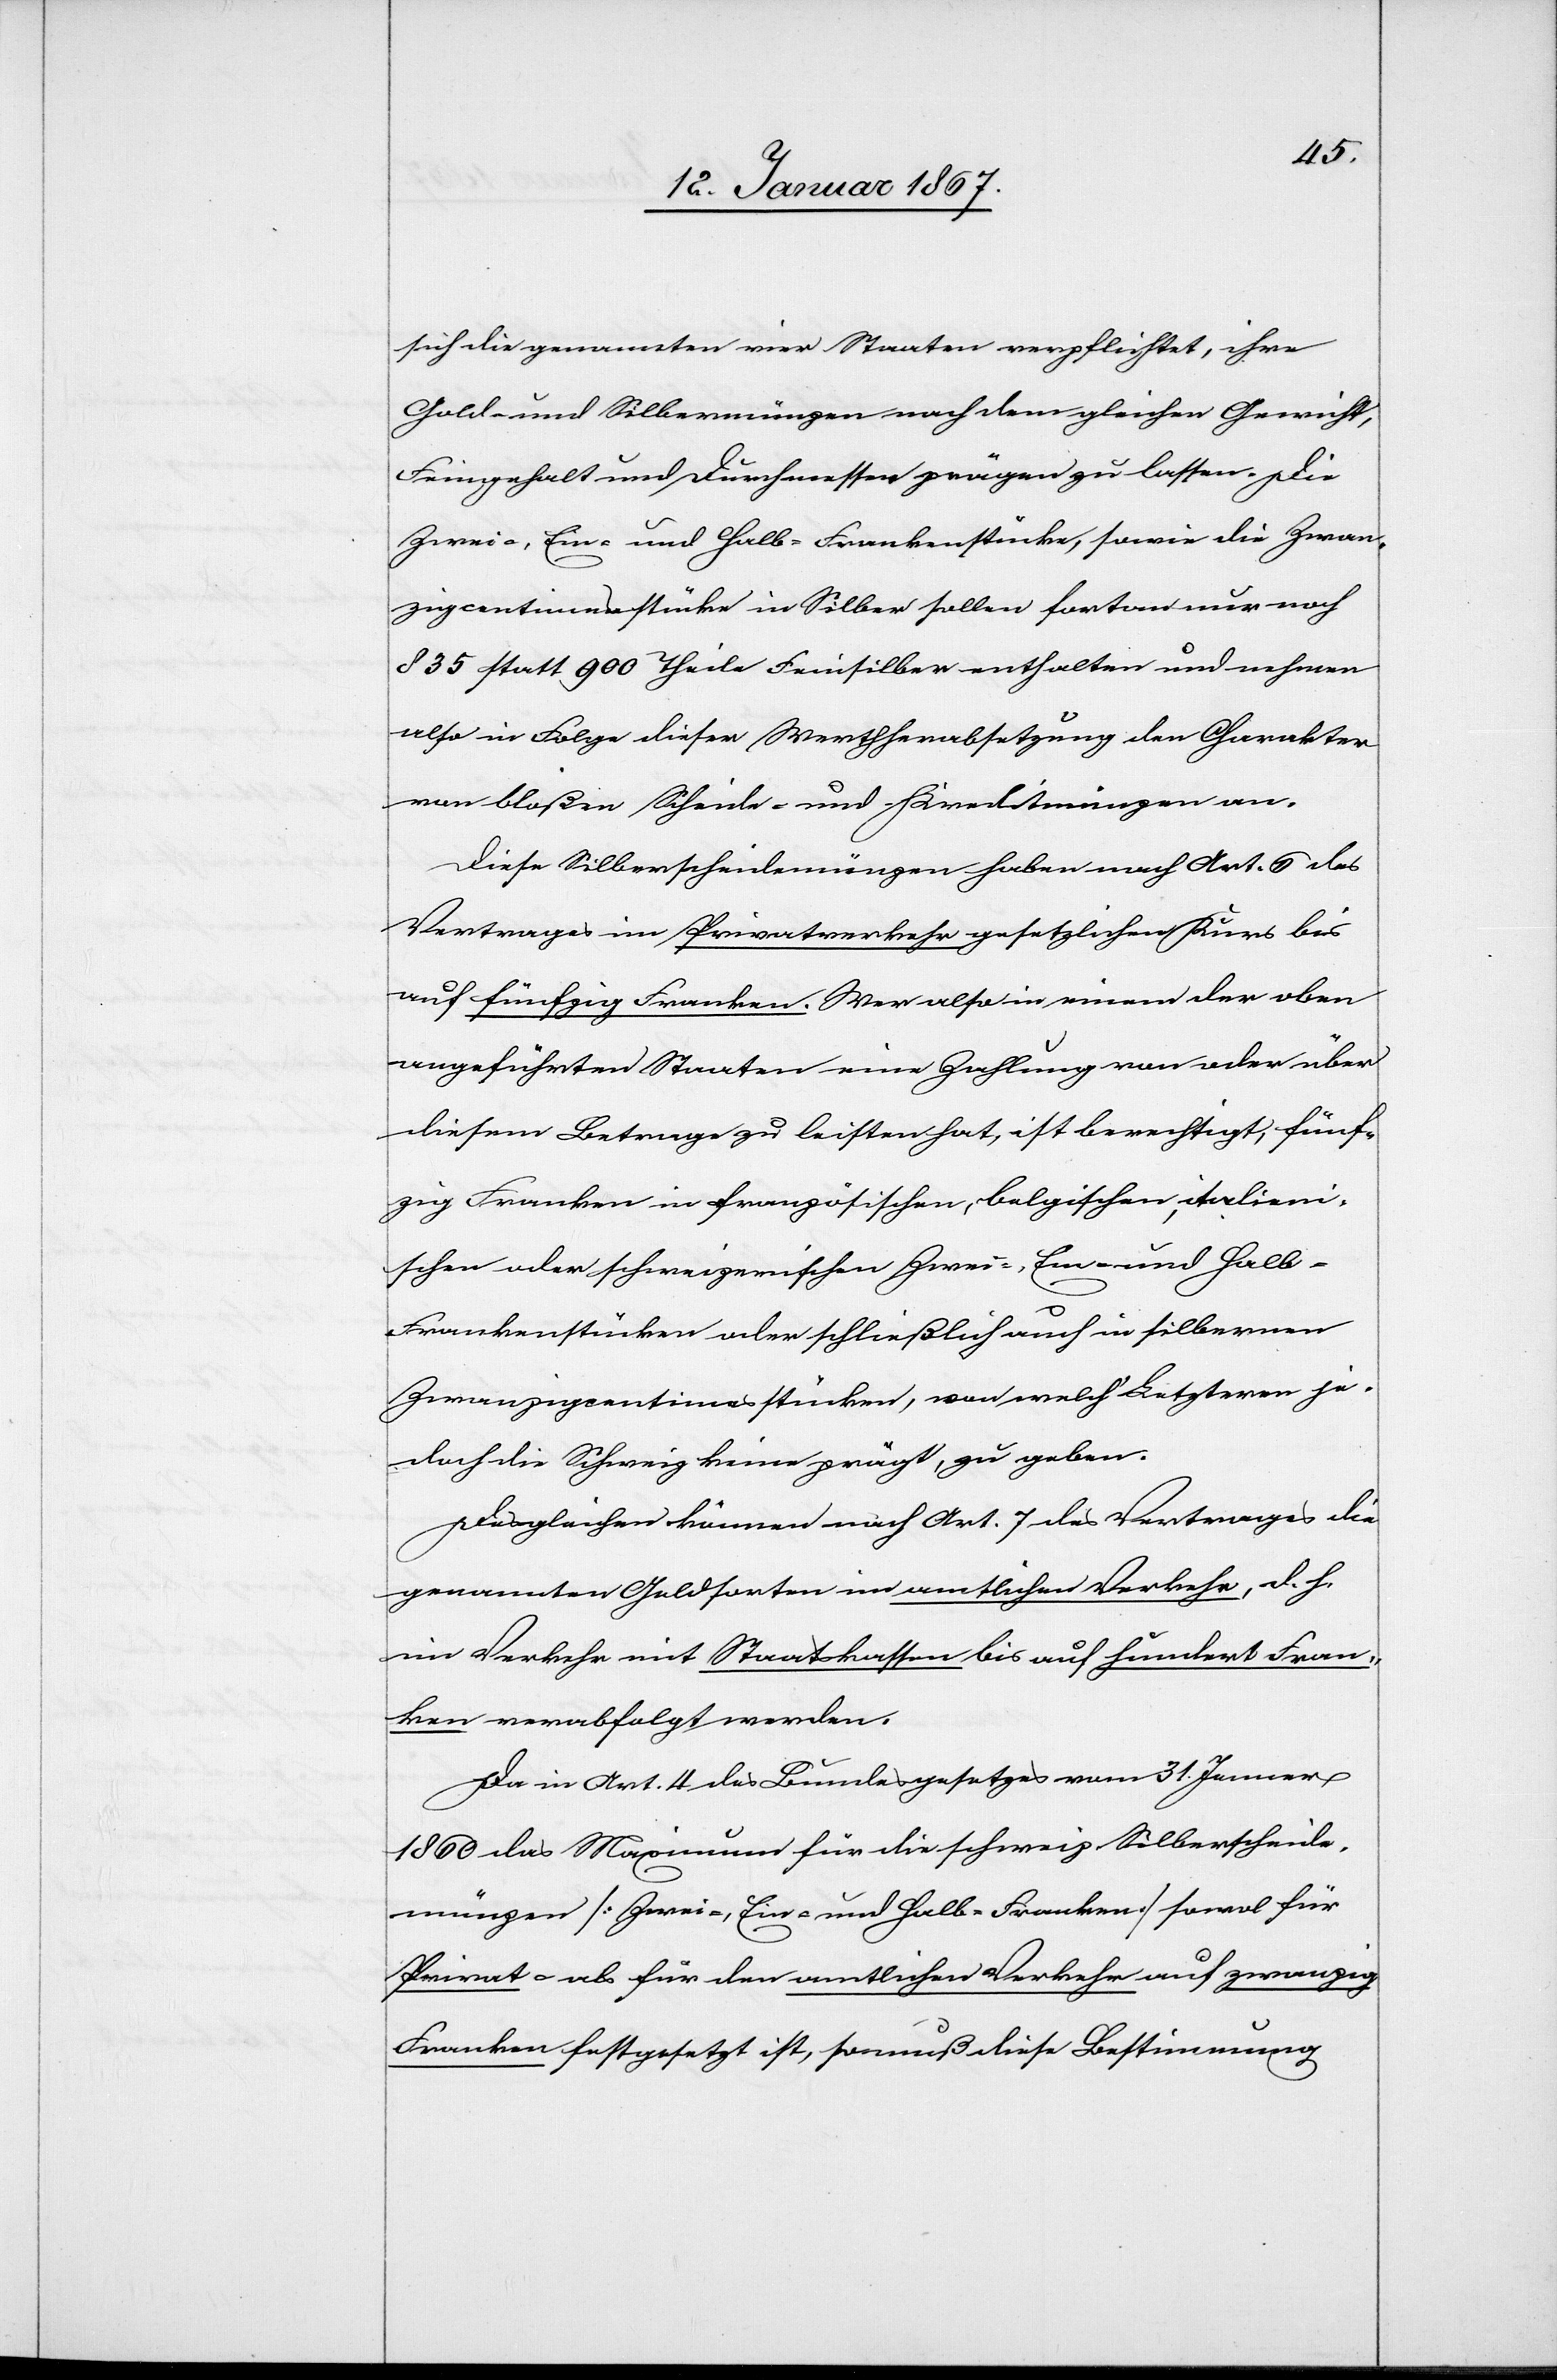
sich die genannten vier Staaten verpflichtet, ihre
Gold- und Silbermünzen nach dem gleichen Gewicht,
Feingehalt und Durchmesser prägen zu lassen. Die
Zwei-, Ein- und Halb-Frankenstücke, sowie die Zwan¬
zigcentimesstüke in Silber sollen fortan nur noch
835 statt 900 Theile Feinsilber enthalten und nehmen
also in Folge dieser Werthherabsetzung den Charakter
von bloßen Scheide- und Kreditmünzen an.
Diese Silberscheidemünzen haben nach Art. 6 des
Vertrages im Privatverkehr gesetzlichen Kurs bis
auf fünfzig Franken. Wer also in einem der eben
angeführten Staaten eine Zahlung von oder über
diesem Betrage zu leisten hat, ist berechtigt, fünf¬
zig Franken in französischen, belgischen, italieni¬
schen oder schweizerischen Zwei-, Ein- und Hal¬
b-Frankenstücken oder schließlich auch in silbernen
Zwanzigcentimesstücken, von welch’ Letzteren je¬
doch die Schweiz keine prägt, zu geben.
Desgleichen können nach Art. 7 des Vertrages die
genannten Geldsorten im amtlichen Verkehr, d. h.
im Verkehr mit Staatskassen bis auf hundert Fran¬
ken verabfolgt werden.
Da in Art. 4 des Bundesgesetzes vom 31. Jenner
1860 das Maximum für die schweiz. Silberscheide¬
münzen [Zwei-, Ein- und Halb-Franken] sowohl für
Privat- als für den amtlichen Verkehr auf zwanzig
Franken festgesetzt ist, so muß diese Bestimmung